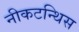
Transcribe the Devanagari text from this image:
नीकटन्थिस